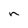
Character: n